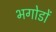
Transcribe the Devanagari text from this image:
भगोडों